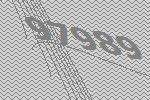
97989